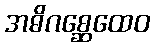
အဓိဂစ္ဆေထေဝ